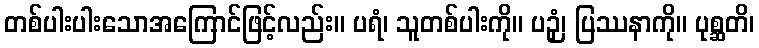
တစ်ပါးပါးသောအကြောင်ဖြင့်လည်း။ ပရံ၊ သူတစ်ပါးကို။ ပဉှံ၊ ပြဿနာကို။ ပုစ္ဆတိ၊